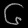
Digit: ၆